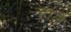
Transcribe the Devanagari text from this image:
न्हाले